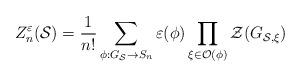
LaTeX: \begin{align*}Z^{\varepsilon }_{n}(\mathcal{S})=\frac{1}{n!}\sum _{\phi :G_{\mathcal{S}}\rightarrow S_{n}}\varepsilon (\phi )\prod _{\xi \in \mathcal{O}(\phi )}\mathcal{Z}(G_{\mathcal{S},\xi })\end{align*}